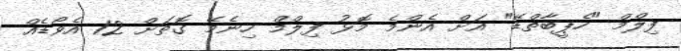
ފިލްމް "ހެޕީބާތްޑޭ" އަށް އެންމެ މޮޅު ފިލްމް ހިނެމޭ ގޮތަށް 12 އެވޯޑެއް